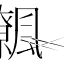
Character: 𩙂